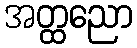
အတ္ထညော